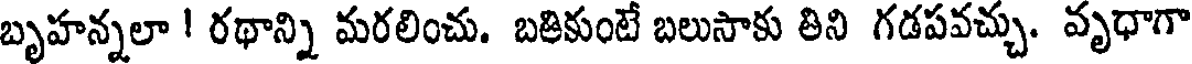
బృహన్నలా ! రథాన్ని మరలించు. బతికుంటే బలుసాకు తిని గడపవచ్చు. వృధాగా